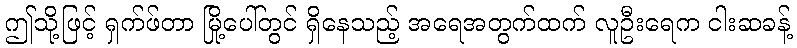
ဤသို့ဖြင့် ရှက်ဖ်တာ မြို့ပေါ်တွင် ရှိနေသည့် အရေအတွက်ထက် လူဦးရေက ငါးဆခန့်